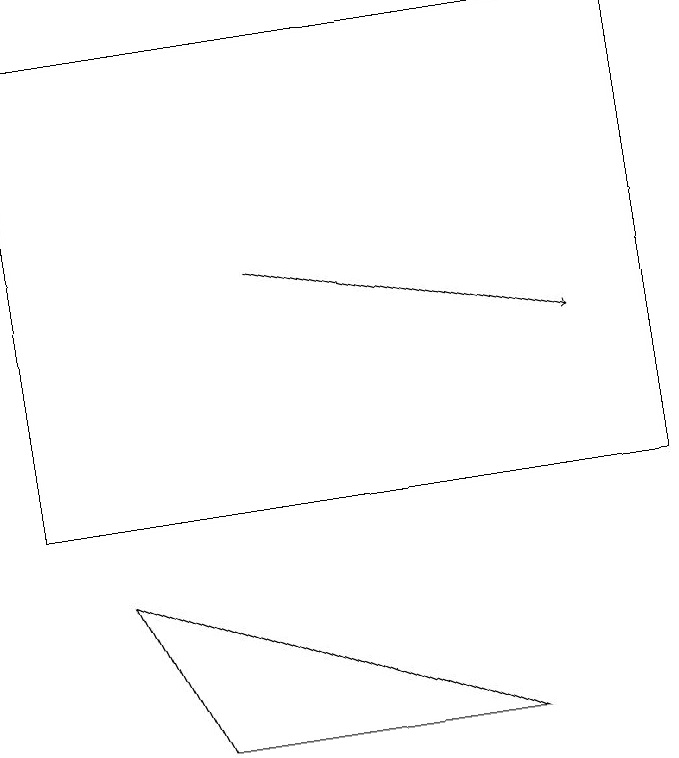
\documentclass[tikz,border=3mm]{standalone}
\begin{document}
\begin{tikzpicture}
\draw (0,16) rectangle (8,10);
\draw[->] (3,13) -- (7,12);
\draw (6,7) -- (2,7) -- (1,9) -- cycle;
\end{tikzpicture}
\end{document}